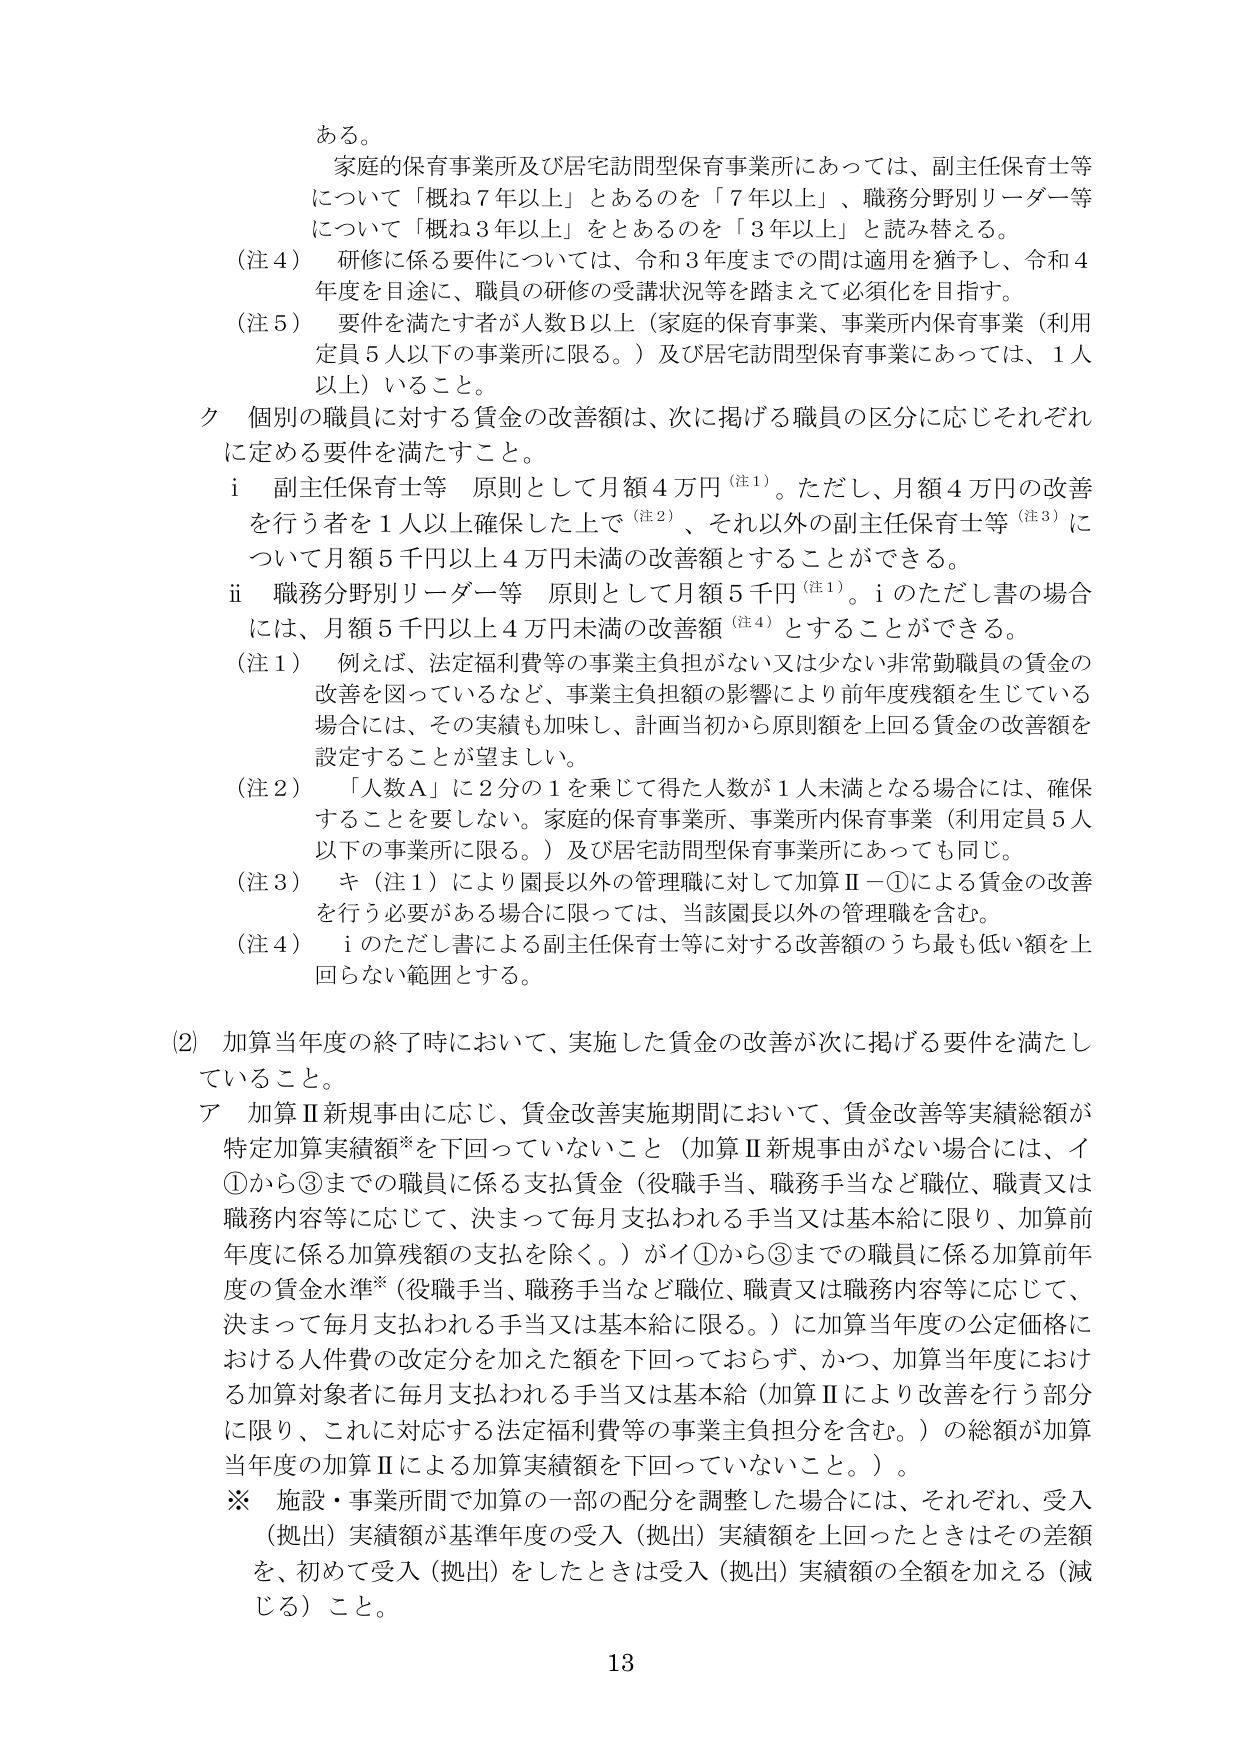
ある。

家庭的保育事業所及び居宅訪問型保育事業所にあっては、副主任保育士等について「概ね７年以上」とあるのを「７年以上」、職務分野別リーダー等について「概ね３年以上」をとあるのを「３年以上」と読み替える。

（注４） 研修に係る要件については、令和３年度までの間は適用を猶予し、令和４年度を目途に、職員の研修の受講状況等を踏まえて必須化を目指す。

（注５） 要件を満たす者が人数Ｂ以上（家庭的保育事業、事業所内保育事業（利用定員５人以下の事業所に限る。）及び居宅訪問型保育事業にあっては、１人以上）いること。

ク 個別の職員に対する賃金の改善額は、次に掲げる職員の区分に応じそれぞれに定める要件を満たすこと。

　ｉ 副主任保育士等 原則として月額４万円（注１）。ただし、月額４万円の改善を行う者を１人以上確保した上で（注２）、それ以外の副主任保育士等（注３）について月額５千円以上４万円未満の改善額とすることができる。

　ｉｉ 職務分野別リーダー等 原則として月額５千円（注１）。ｉのただし書の場合には、月額５千円以上４万円未満の改善額（注４）とすることができる。

（注１） 例えば、法定福利費等の事業主負担がない又は少ない非常勤職員の賃金の改善を図っているなど、事業主負担の影響により前年度残額を生じている場合には、その実績も加味し、計画当初から原則額を上回る賃金の改善額を設定することが望ましい。

（注２） 「人数Ａ」に２分の１を乗じて得た人数が１人未満となる場合には、確保することを要しない。家庭的保育事業所、事業所内保育事業（利用定員５人以下の事業所に限る。）及び居宅訪問型保育事業所にあっても同じ。

（注３） キ（注１）により園長以外の管理職に対して加算Ⅱ－①による賃金の改善を行う必要がある場合に限っては、当該園長以外の管理職を含む。

（注４） ｉのただし書による副主任保育士等に対する改善額のうち最も低い額を上回らない範囲とする。

（2） 加算当年度の終了時において、実施した賃金の改善が次に掲げる要件を満たしていること。

　ア 加算Ⅱ新規事由に応じ、賃金改善実施期間において、賃金改善等実績総額が特定加算実績額※を下回っていないこと（加算Ⅱ新規事由がない場合には、イ①から③までの職員に係る支払賃金（役職手当、職務手当など職位、職責又は職務内容等に応じて、決まって毎月支払われる手当又は基本給に限り、加算前年度に係る加算残額の支払を除く。）がイ①から③までの職員に係る加算前年度の賃金水準※（役職手当、職務手当など職位、職責又は職務内容等に応じて、決まって毎月支払われる手当又は基本給に限る。）に加算当年度の公定価格における人件費の改定分を加えた額を下回っておらず、かつ、加算当年度における加算対象者に毎月支払われる手当又は基本給（加算Ⅱにより改善を行う部分に限り、これに対応する法定福利費等の事業主負担分を含む。）の総額が加算当年度の加算Ⅱによる加算実績額を下回っていないこと。）。

　※ 施設・事業所間で加算の一部の配分を調整した場合には、それぞれ、受入（拠出）実績額が基準年度の受入（拠出）実績額を上回ったときはその差額を、初めて受入（拠出）をしたときは受入（拠出）実績額の全額を加える（減じる）こと。

13